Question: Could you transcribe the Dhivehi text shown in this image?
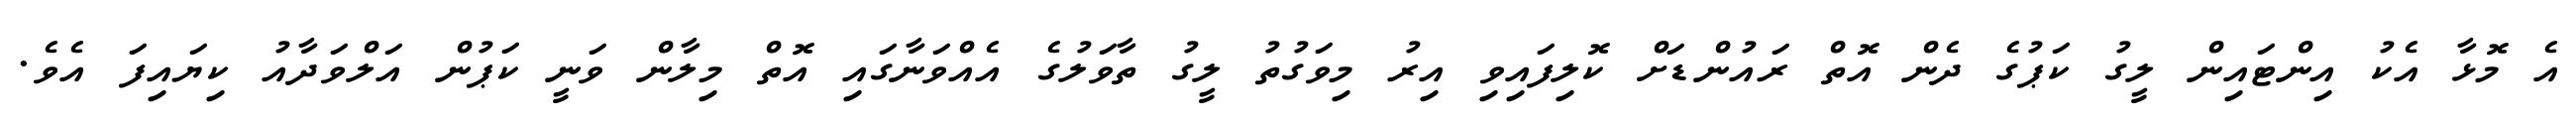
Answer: އެ މޮޅާ އެކު އިންޓައިން ލީގު ކަޕުގެ ދެން އޮތް ރައުންޑަށް ކޮލިފައިވި އިރު މިވަގުތު ލީގު ތާވަލުގެ އެއްވަނާގައި އޮތް މިލާން ވަނީ ކަޕުން އަލްވަދާއު ކިޔައިފަ އެވެ.